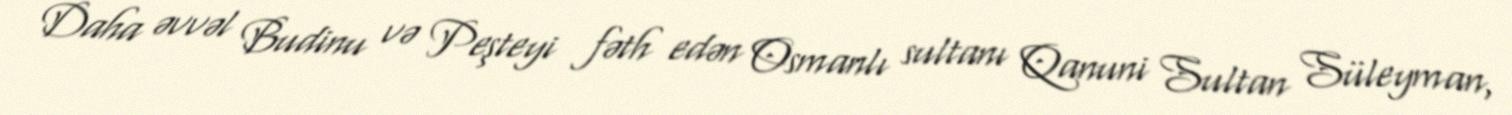
Daha əvvəl Budinu və Peşteyi fəth edən Osmanlı sultanı Qanuni Sultan Süleyman,